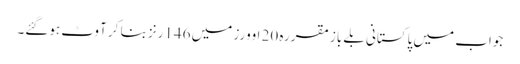
جواب میں پاکستانی بلے باز مقررہ 20 اوورز میں 146رنز بنا کر آوٹ ہوگئے۔